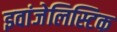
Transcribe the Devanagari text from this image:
इवांजेलिस्टिक